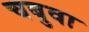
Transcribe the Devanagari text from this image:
चबुवा